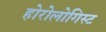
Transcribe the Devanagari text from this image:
होरोलोगिस्ट